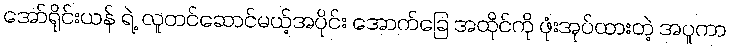
အော်ရိုင်းယန် ရဲ့ လူတင်ဆောင်မယ့်အပိုင်း အောက်ခြေ အထိုင်ကို ဖုံးအုပ်ထားတဲ့ အပူကာ